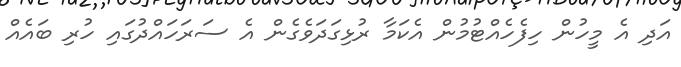
އަދި އެ މީހުން ހިފެހެއްޓުމުން އެކަމާ ރުޅިގަދަވެގެން އެެ ސަރަހައްދުގައި ހުރި ބައެއް